Civil Veterinary Department Bihar reports 1940-50 - 1940-1950
Year: 1940
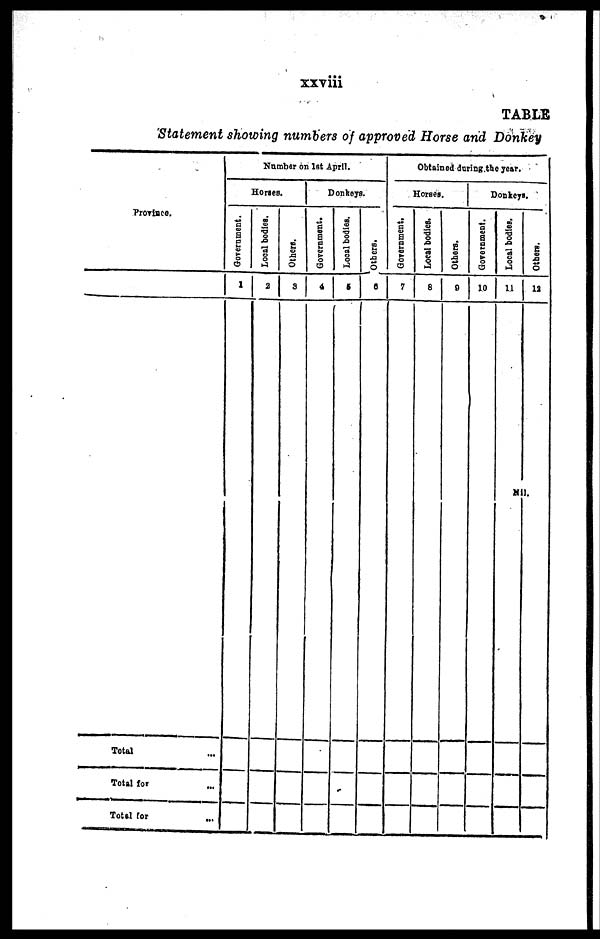
xxviii
TABLE
Statement showing numbers of approved Horse and Donkey
Province.
Total ...
Total for ...
Total for ...
Number on 1st April.
Horses.
Government.
1
Local bodies.
2
Others.
3
Donkeys.
Government.
4
Local bodies.
5
Others.
0
Obtained during the year.
Horses.
Government.
7
Local bodies.
8
Others.
9
Donkeys.
Government.
10
Local bodies.
11
Others.
13
Nil.